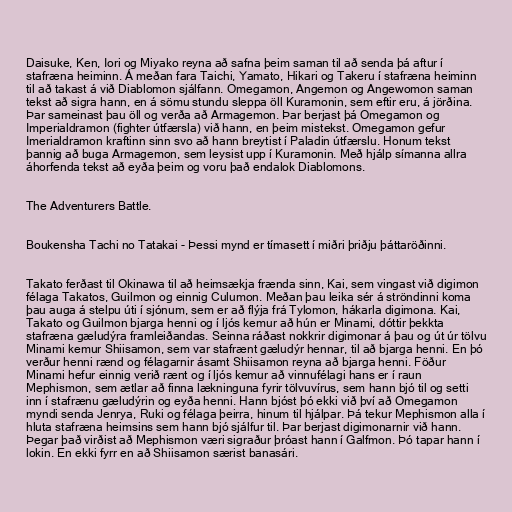
Daisuke, Ken, Iori og Miyako reyna að safna þeim saman til að senda þá aftur í
stafræna heiminn. Á meðan fara Taichi, Yamato, Hikari og Takeru í stafræna heiminn
til að takast á við Diablomon sjálfann. Omegamon, Angemon og Angewomon saman
tekst að sigra hann, en á sömu stundu sleppa öll Kuramonin, sem eftir eru, á jörðina.
Þar sameinast þau öll og verða að Armagemon. Þar berjast þá Omegamon og
Imperialdramon (fighter útfærsla) við hann, en þeim mistekst. Omegamon gefur
Imerialdramon kraftinn sinn svo að hann breytist í Paladin útfærslu. Honum tekst
þannig að buga Armagemon, sem leysist upp í Kuramonin. Með hjálp símanna allra
áhorfenda tekst að eyða þeim og voru það endalok Diablomons.

The Adventurers Battle.

Boukensha Tachi no Tatakai - Þessi mynd er tímasett í miðri þriðju þáttaröðinni.

Takato ferðast til Okinawa til að heimsækja frænda sinn, Kai, sem vingast við digimon
félaga Takatos, Guilmon og einnig Culumon. Meðan þau leika sér á ströndinni koma
þau auga á stelpu úti í sjónum, sem er að flýja frá Tylomon, hákarla digimona. Kai,
Takato og Guilmon bjarga henni og í ljós kemur að hún er Minami, dóttir þekkta
stafræna gæludýra framleiðandas. Seinna ráðast nokkrir digimonar á þau og út úr tölvu
Minami kemur Shiisamon, sem var stafrænt gæludýr hennar, til að bjarga henni. En þó
verður henni rænd og félagarnir ásamt Shiisamon reyna að bjarga henni. Föður
Minami hefur einnig verið rænt og í ljós kemur að vinnufélagi hans er í raun
Mephismon, sem ætlar að finna lækninguna fyrir tölvuvírus, sem hann bjó til og setti
inn í stafrænu gæludýrin og eyða henni. Hann bjóst þó ekki við því að Omegamon
myndi senda Jenrya, Ruki og félaga þeirra, hinum til hjálpar. Þá tekur Mephismon alla í
hluta stafræna heimsins sem hann bjó sjálfur til. Þar berjast digimonarnir við hann.
Þegar það virðist að Mephismon væri sigraður þróast hann í Galfmon. Þó tapar hann í
lokin. En ekki fyrr en að Shiisamon særist banasári.